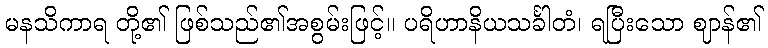
မနသိကာရ တို့၏ ဖြစ်သည်၏အစွမ်းဖြင့်။ ပရိဟာနိယသင်္ခါတံ၊ ရပြီးသော ဈာန်၏